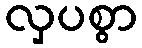
လှပစွာ